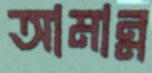
আমান্ন